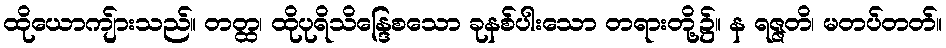
ထိုယောကျ်ားသည်။ တတ္ထ၊ ထိုပုရိသိန္ဒြေစသော ခုနစ်ပါးသော တရားတို့၌။ န ရဇ္ဇတိ၊ မတပ်တတ်။